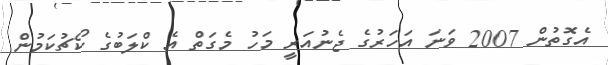
އެގޮތުން 2007 ވަނަ އަހަރުގެ ޖެނުއަރީ މަހު މެގަތް އެ ކްލަބުގެ ކޯޗުކަމުން